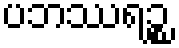
ပဘဿရဉ္စ